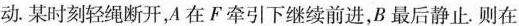
动.某时刻轻绳断开，A在F牵引下继续前进，B最后静止.则在